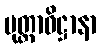
ပုတ္တာဓိဋ္ဌာနာ